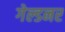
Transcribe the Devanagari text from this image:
गेल्डनर